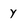
Character: y